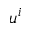
u ^ { i }